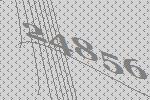
24856